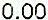
0.00